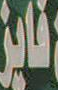
فايز